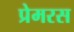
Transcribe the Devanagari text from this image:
प्रेमरस